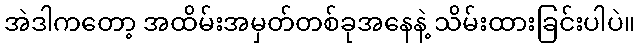
အဲဒါကတော့ အထိမ်းအမှတ်တစ်ခုအနေနဲ့ သိမ်းထားခြင်းပါပဲ။